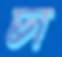
চা